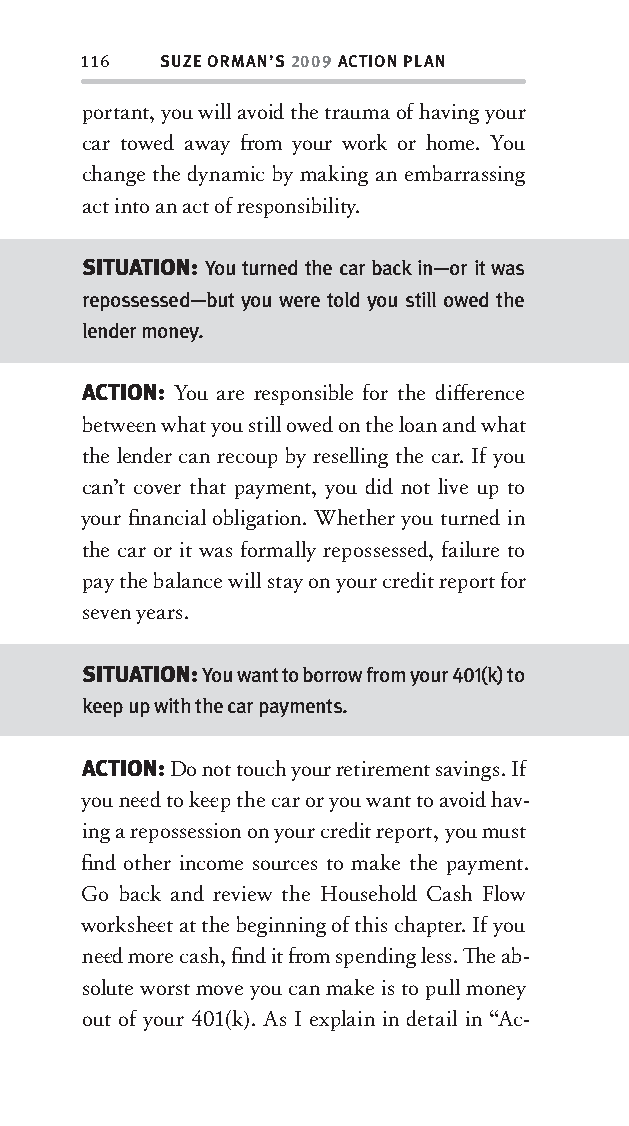
116  SUZE ORMAN’S 2009 ACTION PLAN
 portant, you will avoid the trauma of having your
 car towed away fr om your work or home. You
 change the dynamic by making an embarrassing
 act into an act of responsibility .
 SITUATION: You turned the car back in—or it was
 repossessed—but you were told you still owed the
 lender money.
 ACTION: You are responsible for the diff erence
 betw ee n what you still owed on the loan and what
 the lender can recoup by reselling the car. If you
 can’t cover that payment, you did not live up to
 your fi nancial obligation. Whether you turned in
 the car or it was formally repossessed, failure to
 pay the balance will stay on your credit report for
 seven years.
 SITUATION: You want to borrow from your 401(k) to
 keep up with the car payments.
 ACTION: Do not touch your retirement savings. If
 you nee d to kee p the car or you want to avoid hav-
 ing a repossession on your credit report, you must
 fi nd other income sources to make the payment.
 Go back and review the Household Cash Flow
 workshee t at the beginning of this chapter. If you
 nee d more cash, fi nd it fr om spending less. Th e ab-
 solute worst move you can make is to pull money
 out of your 401(k). As I explain in detail in “Ac-
 OOrrmmaa__99778800338855553300993344__44pp__aallll__rr11..iinndddd 111166 1122//33//0088 99::3311::2222 AAMM